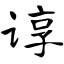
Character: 谆